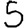
Digit: 5